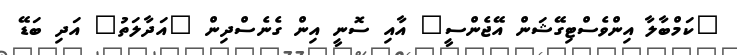
"ކަމްބާލާ އިންވެސްޓިގޭޝަން އޭޖެންސީ" އާއި ސޮނީ އިން ގެނެސްދިން "އަދާލަތު" އަދި ބަޑޭ